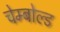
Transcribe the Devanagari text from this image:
चेम्बोल्ड